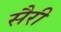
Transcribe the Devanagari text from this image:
सैरी